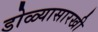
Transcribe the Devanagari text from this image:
डोळ्यासारखी